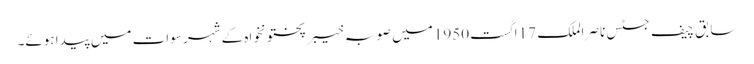
سابق چیف جسٹس ناصر الملک 17 اگست 1950 میں صوبہ خیبر پختونخواہ کے شہر سوات میں پیدا ہوئے۔